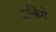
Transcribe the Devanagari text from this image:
आँकेंगे